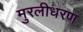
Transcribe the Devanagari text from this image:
मुरलीधरण